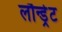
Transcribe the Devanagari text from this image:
लौन्ड्रेट